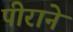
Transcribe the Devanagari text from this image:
पीराने